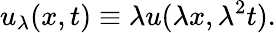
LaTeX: u_{\lambda}(x,t)\equiv\lambda u(\lambda x,\lambda^{2}t).